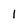
Character: 1